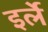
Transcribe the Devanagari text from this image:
इर्ले